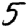
Digit: 5